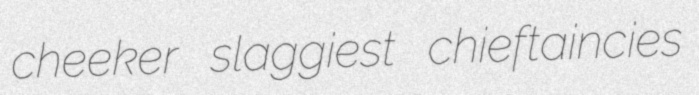
cheeker slaggiest chieftaincies